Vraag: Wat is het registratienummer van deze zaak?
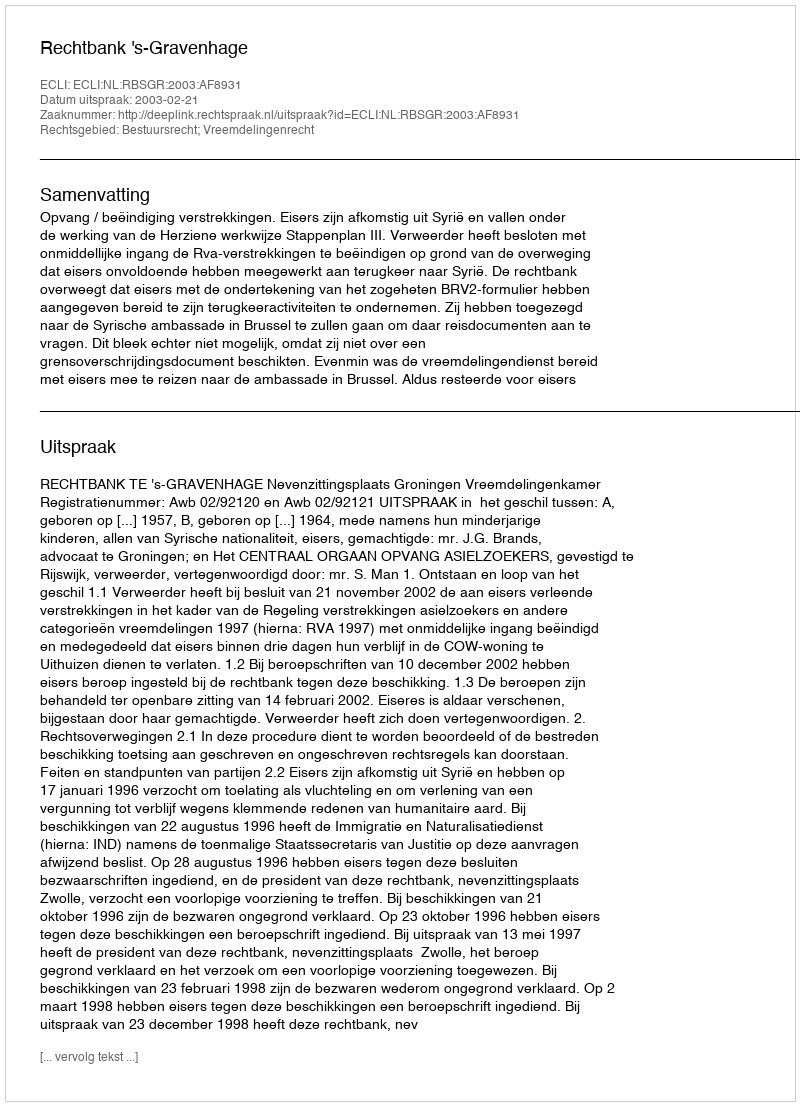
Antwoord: http://deeplink.rechtspraak.nl/uitspraak?id=ECLI:NL:RBSGR:2003:AF8931